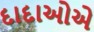
દાદાઓએ